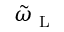
\tilde { \omega } _ { \mathrm { ~ L ~ } }